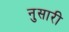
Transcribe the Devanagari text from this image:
नुसारी